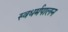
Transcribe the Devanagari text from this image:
स्वधर्मपालन